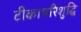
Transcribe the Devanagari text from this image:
टीकापरिशुद्धि